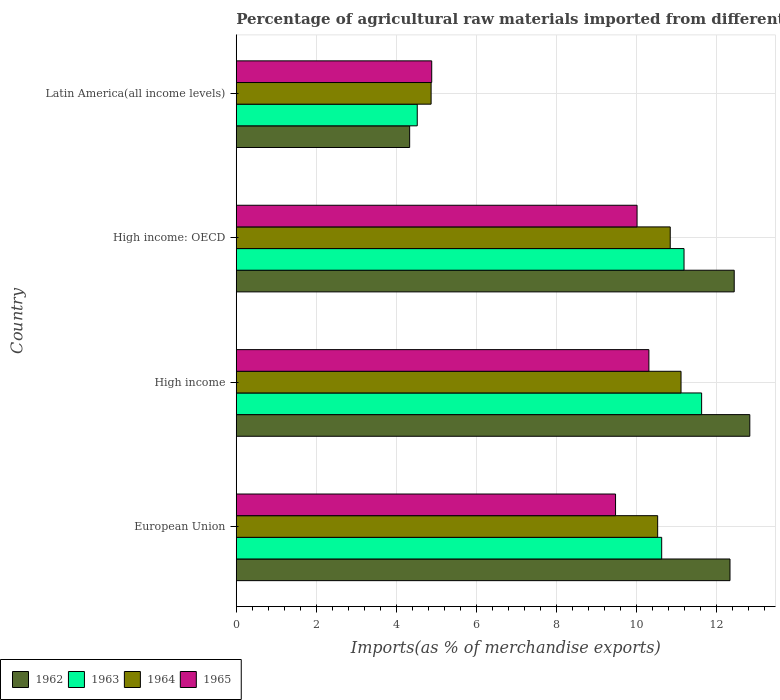
| Country | 1962 | 1963 | 1964 | 1965 |
 | --- | --- | --- | --- | --- |
 | European Union | 12.3 | 10.6 | 10.5 | 9.48 |
 | High income | 12.8 | 11.6 | 11.1 | 10.3 |
 | High income: OECD | 12.4 | 11.2 | 10.8 | 10 |
 | Latin America(all income levels) | 4.33 | 4.52 | 4.87 | 4.89 |